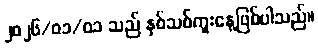
၂၀၂၆/၀၁/၀၁ သည် နှစ်သစ်ကူးနေ့ဖြစ်ပါသည်။